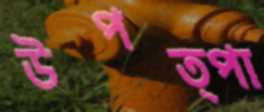
উপত্পা